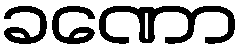
ခဏော